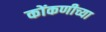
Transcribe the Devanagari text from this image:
कोंकणीच्या